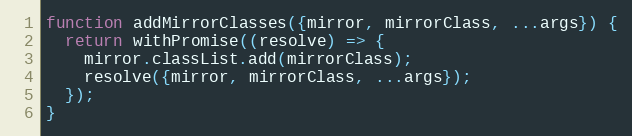
Language: JavaScript
function addMirrorClasses({mirror, mirrorClass, ...args}) {
  return withPromise((resolve) => {
    mirror.classList.add(mirrorClass);
    resolve({mirror, mirrorClass, ...args});
  });
}